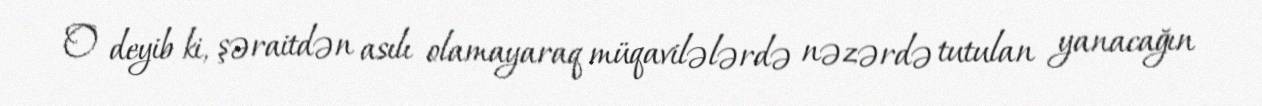
O deyib ki, şəraitdən asılı olamayaraq müqavilələrdə nəzərdə tutulan yanacağın